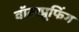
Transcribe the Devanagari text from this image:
वॉटरप्रूफिंग